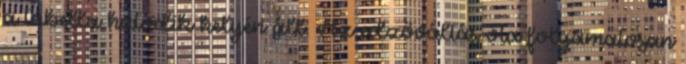
a tabella hatodik helyén áll. Az edzőváltás óta folyamatosan